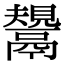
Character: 鬹